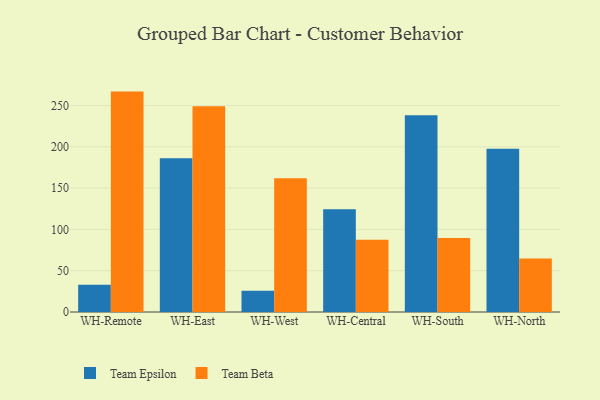
{"axis": {"x": "Warehouse", "y": "Energy Usage (MWh)"}, "legend": ["Team Beta", "Team Epsilon"], "data": [{"x": "WH-Remote", "y": 32.9, "type": "Team Epsilon"}, {"x": "WH-Remote", "y": 266.9, "type": "Team Beta"}, {"x": "WH-East", "y": 186.1, "type": "Team Epsilon"}, {"x": "WH-East", "y": 249.1, "type": "Team Beta"}, {"x": "WH-West", "y": 25.6, "type": "Team Epsilon"}, {"x": "WH-West", "y": 162.1, "type": "Team Beta"}, {"x": "WH-Central", "y": 124.3, "type": "Team Epsilon"}, {"x": "WH-Central", "y": 87.6, "type": "Team Beta"}, {"x": "WH-South", "y": 238.3, "type": "Team Epsilon"}, {"x": "WH-South", "y": 89.5, "type": "Team Beta"}, {"x": "WH-North", "y": 197.7, "type": "Team Epsilon"}, {"x": "WH-North", "y": 64.8, "type": "Team Beta"}]}